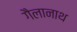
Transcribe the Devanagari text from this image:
गैलानाथ